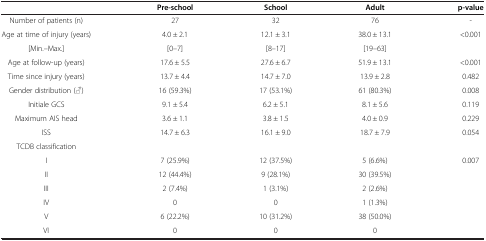
|  | Pre-school | School | Adult | p-value |
 | --- | --- | --- | --- | --- |
 | Number of patients (n) | 27 | 32 | 76 | - |
 | Age at time of injury (years) | 4.0 ± 2.1 | 12.1 ± 3.1 | 38.0 ± 13.1 | <ROWSPAN=2> <0.001 |
 | [Min.–Max.] | [0–7] | [8–17] | [19–63] |
 | Age at follow-up (years) | 17.6 ± 5.5 | 27.6 ± 6.7 | 51.9 ± 13.1 | <0.001 |
 | Time since injury (years) | 13.7 ± 4.4 | 14.7 ± 7.0 | 13.9 ± 2.8 | 0.482 |
 | Gender distribution (♂) | 16 (59.3%) | 17 (53.1%) | 61 (80.3%) | 0.008 |
 | Initiale GCS | 9.1 ± 5.4 | 6.2 ± 5.1 | 8.1 ± 5.6 | 0.119 |
 | Maximum AIS head | 3.6 ± 1.1 | 3.8 ± 1.5 | 4.0 ± 0.9 | 0.229 |
 | ISS | 14.7 ± 6.3 | 16.1 ± 9.0 | 18.7 ± 7.9 | 0.054 |
 | TCDB classification |  |  |  |  |
 | I | 7 (25.9%) | 12 (37.5%) | 5 (6.6%) | <ROWSPAN=6> 0.007 |
 | II | 12 (44.4%) | 9 (28.1%) | 30 (39.5%) |
 | III | 2 (7.4%) | 1 (3.1%) | 2 (2.6%) |
 | IV | 0 | 0 | 1 (1.3%) |
 | V | 6 (22.2%) | 10 (31.2%) | 38 (50.0%) |
 | VI | 0 | 0 | 0 |